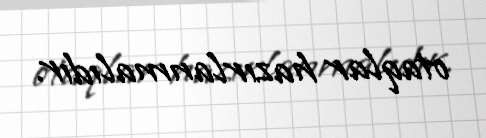
otaqlar hazırlanmalıdır.